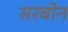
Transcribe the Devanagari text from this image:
सरबोन